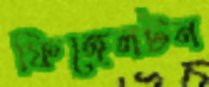
ফিঙ্গেলটন